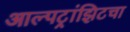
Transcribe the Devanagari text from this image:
आल्पट्रांझिटचा